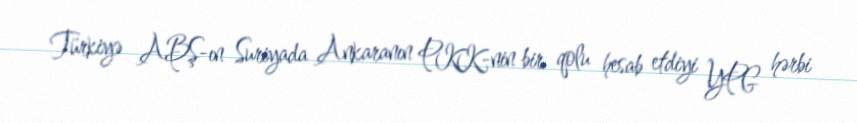
Türkiyə ABŞ-ın Suriyada Ankaranın PKK-nin bir qolu hesab etdiyi YPG hərbi